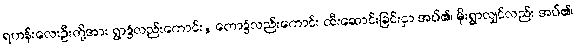
ရဟန်းလေးဦးတို့အား ရွာ၌လည်းကောင်း, တော၌လည်းကောင်း ထီးဆောင်းခြင်းငှာ အပ်၏၊ မိုးရွာလျှင်လည်း အပ်၏၊